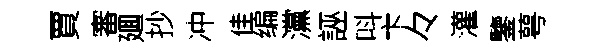
賈審廽抄冲佳编灙誣呌卞々灌鑒萼